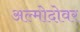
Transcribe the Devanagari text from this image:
अल्मोदोवर